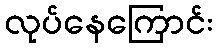
လုပ်နေကြောင်း